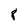
Character: 8